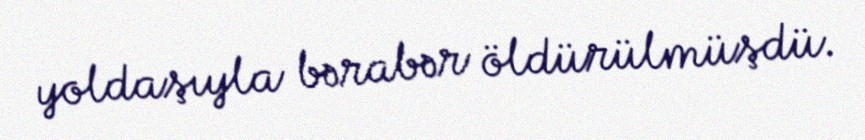
yoldaşıyla bərabər öldürülmüşdü.